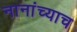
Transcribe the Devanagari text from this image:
नानांच्याच